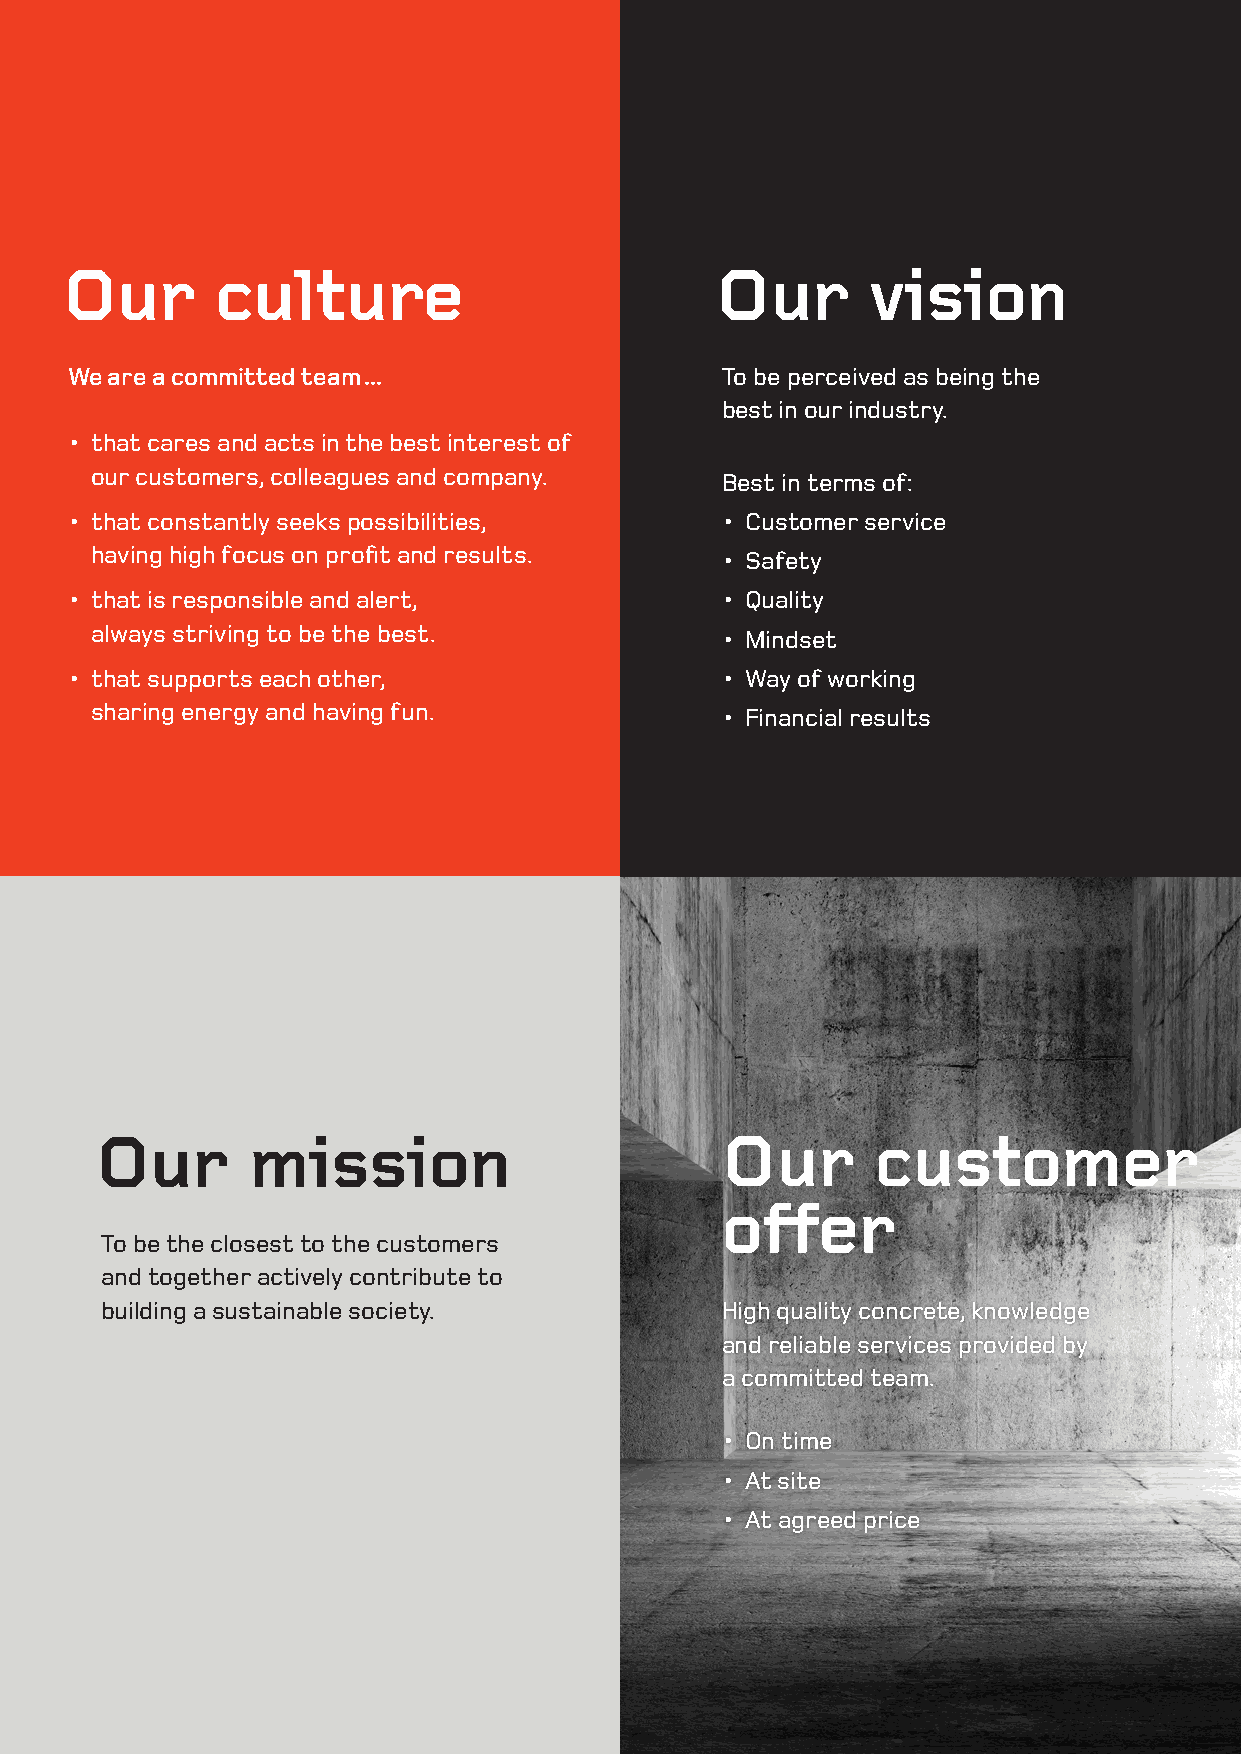
Our       culture                          Our       vision
 We are a committed team ...                 To be perceived as being the
 best in our industry.
 • that cares and acts in the best interest of
 our customers, colleagues and company.    Best in terms of:
 • that constantly seeks possibilities,      • Customer service
 having high focus on profit and results.  • Safety
 • that is responsible and alert,            • Quality
 always striving to be the best.           • Mindset
 • that supports each other,                 • Way of working
 sharing energy and having fun.            • Financial results
 Our       mission                         Our       customer
 offer
 To be the closest to the customers
 and together actively contribute to
 building a sustainable society.          High quality concrete, knowledge
 and reliable services provided by
 a committed team.
 • On time
 • At site
 • At agreed price
 9